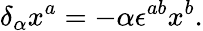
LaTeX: \delta_{\alpha}x^{a}=-\alpha\epsilon^{ab}x^{b}.